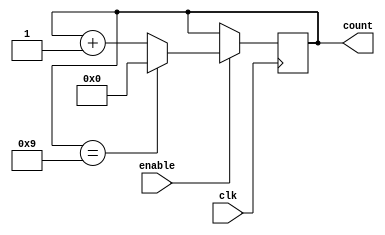
module BCD_Up_Counter_with_Enable (
    input wire clk,
    input wire enable,
    output reg [3:0] count
);

always @(posedge clk) begin
    if(enable) begin
        if(count == 4'd9) begin
            count <= 4'd0;
        end else begin
            count <= count + 4'd1;
        end
    end
end

endmodule